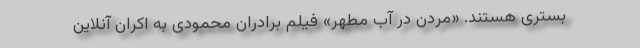
بستری هستند. «مردن در آب مطهر» فیلم برادران محمودی به اکران آنلاین